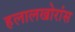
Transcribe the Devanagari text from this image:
हलालखोरांस